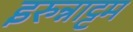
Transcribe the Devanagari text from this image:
इरुन्नाट्टम